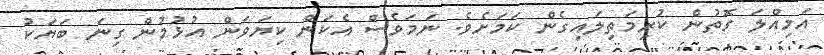
އަމިއްލަ ގޮތުން ކުރިމަތިލައިގެން ކަމަށެވެ. ނަމަވެސް އެކަން ކިޔަވަން އުޅުމުން ގިނަ ބަޔަކު